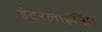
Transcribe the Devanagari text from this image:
इंटरलाइनिंग